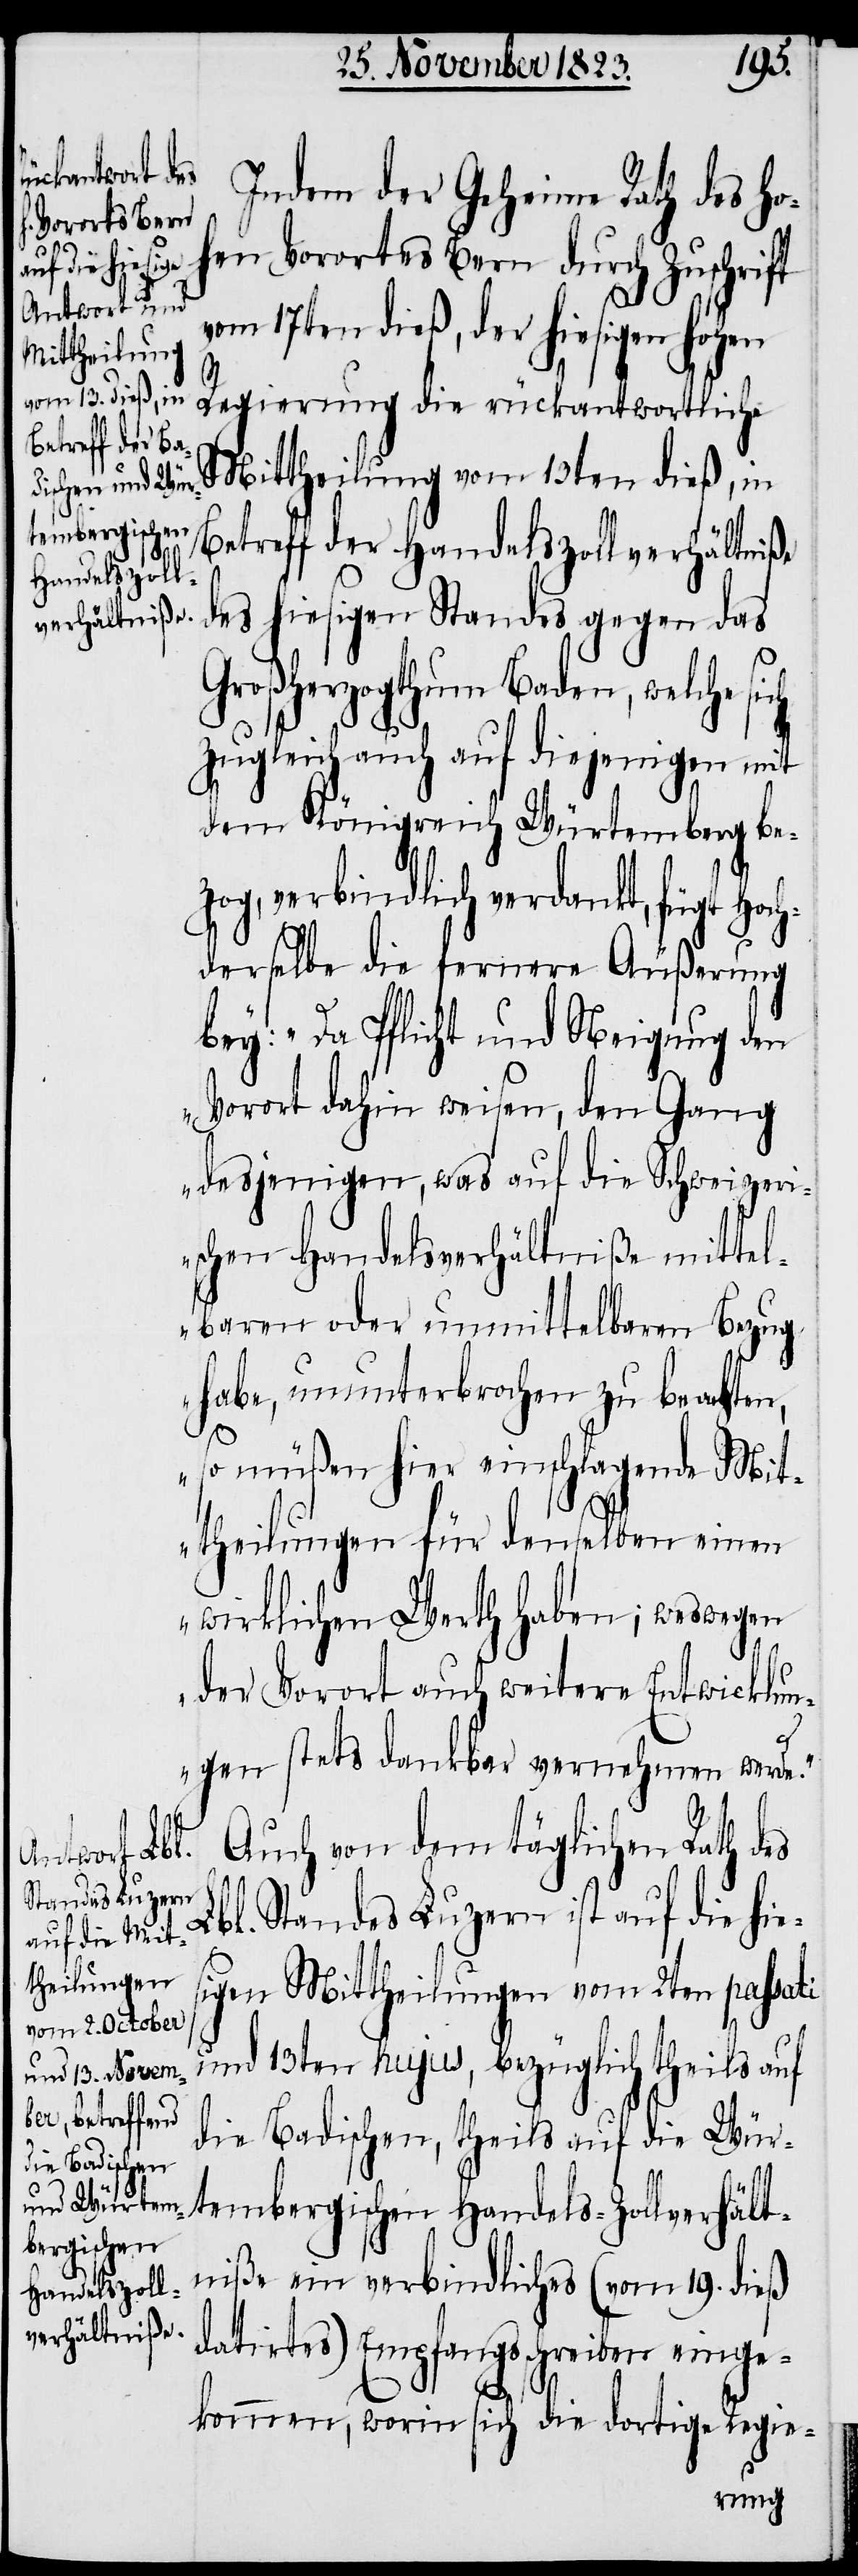
ch

Indem der Geheime Rath des ho¬
hen Vorortes Bern durch Zuschrift
vom 17ten dieß, der hiesigen hohen
Regierung die rückantwortliche
Mittheilung vom 13ten dieß, in
Betreff der Handelszollverhältniße
des hiesigen Standes gegen das
Großherzogthum Baden, welche si¬
zugleich auch auf diejenigen mit
dem Königreich Würtemberg be¬
h¬
zog, verbindlich verdankt, fügt Hoc¬
derselbe die fernere Äußerung
bey: „Da Pflicht und Neigung den
Vorort dahin weisen, den Gang
desjenigen, was auf die Schweizeri¬
schen Handelsverhältniße mittel¬
baren oder unmittelbaren Bezug
habe, ununterbrochen zu beachten,
so müßen hier einschlagende Mit¬
theilungen für denselben einen
wirklichen Werth haben; weswegen
der Vorort auch weitere Entwicklun¬
gen stets dankbar vernehmen werde.“
Auch von dem täglichen Rath des
Lbl. Standes Luzern ist auf die hie¬
sigen Mittheilungen vom 2ten passati
und 13ten hujus, bezüglich theils auf
die Badischen, theils auf die Wür¬
tembergischen Handels-Zollverhält¬
niße ein verbindliches (vom 19. dieß
datirtes) Empfangsschreiben einge¬
kommen, worin sich die dortige Regie-